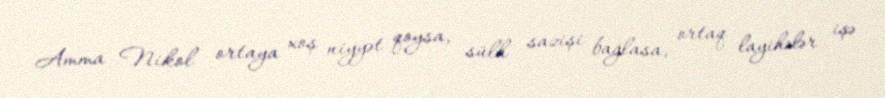
Amma Nikol ortaya xoş niyyət qoysa, sülh sazişi bağlasa, ortaq layihələr işə